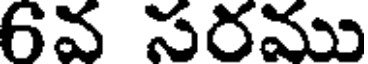
6వ సరము